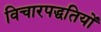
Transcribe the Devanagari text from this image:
विचारपद्धतियों